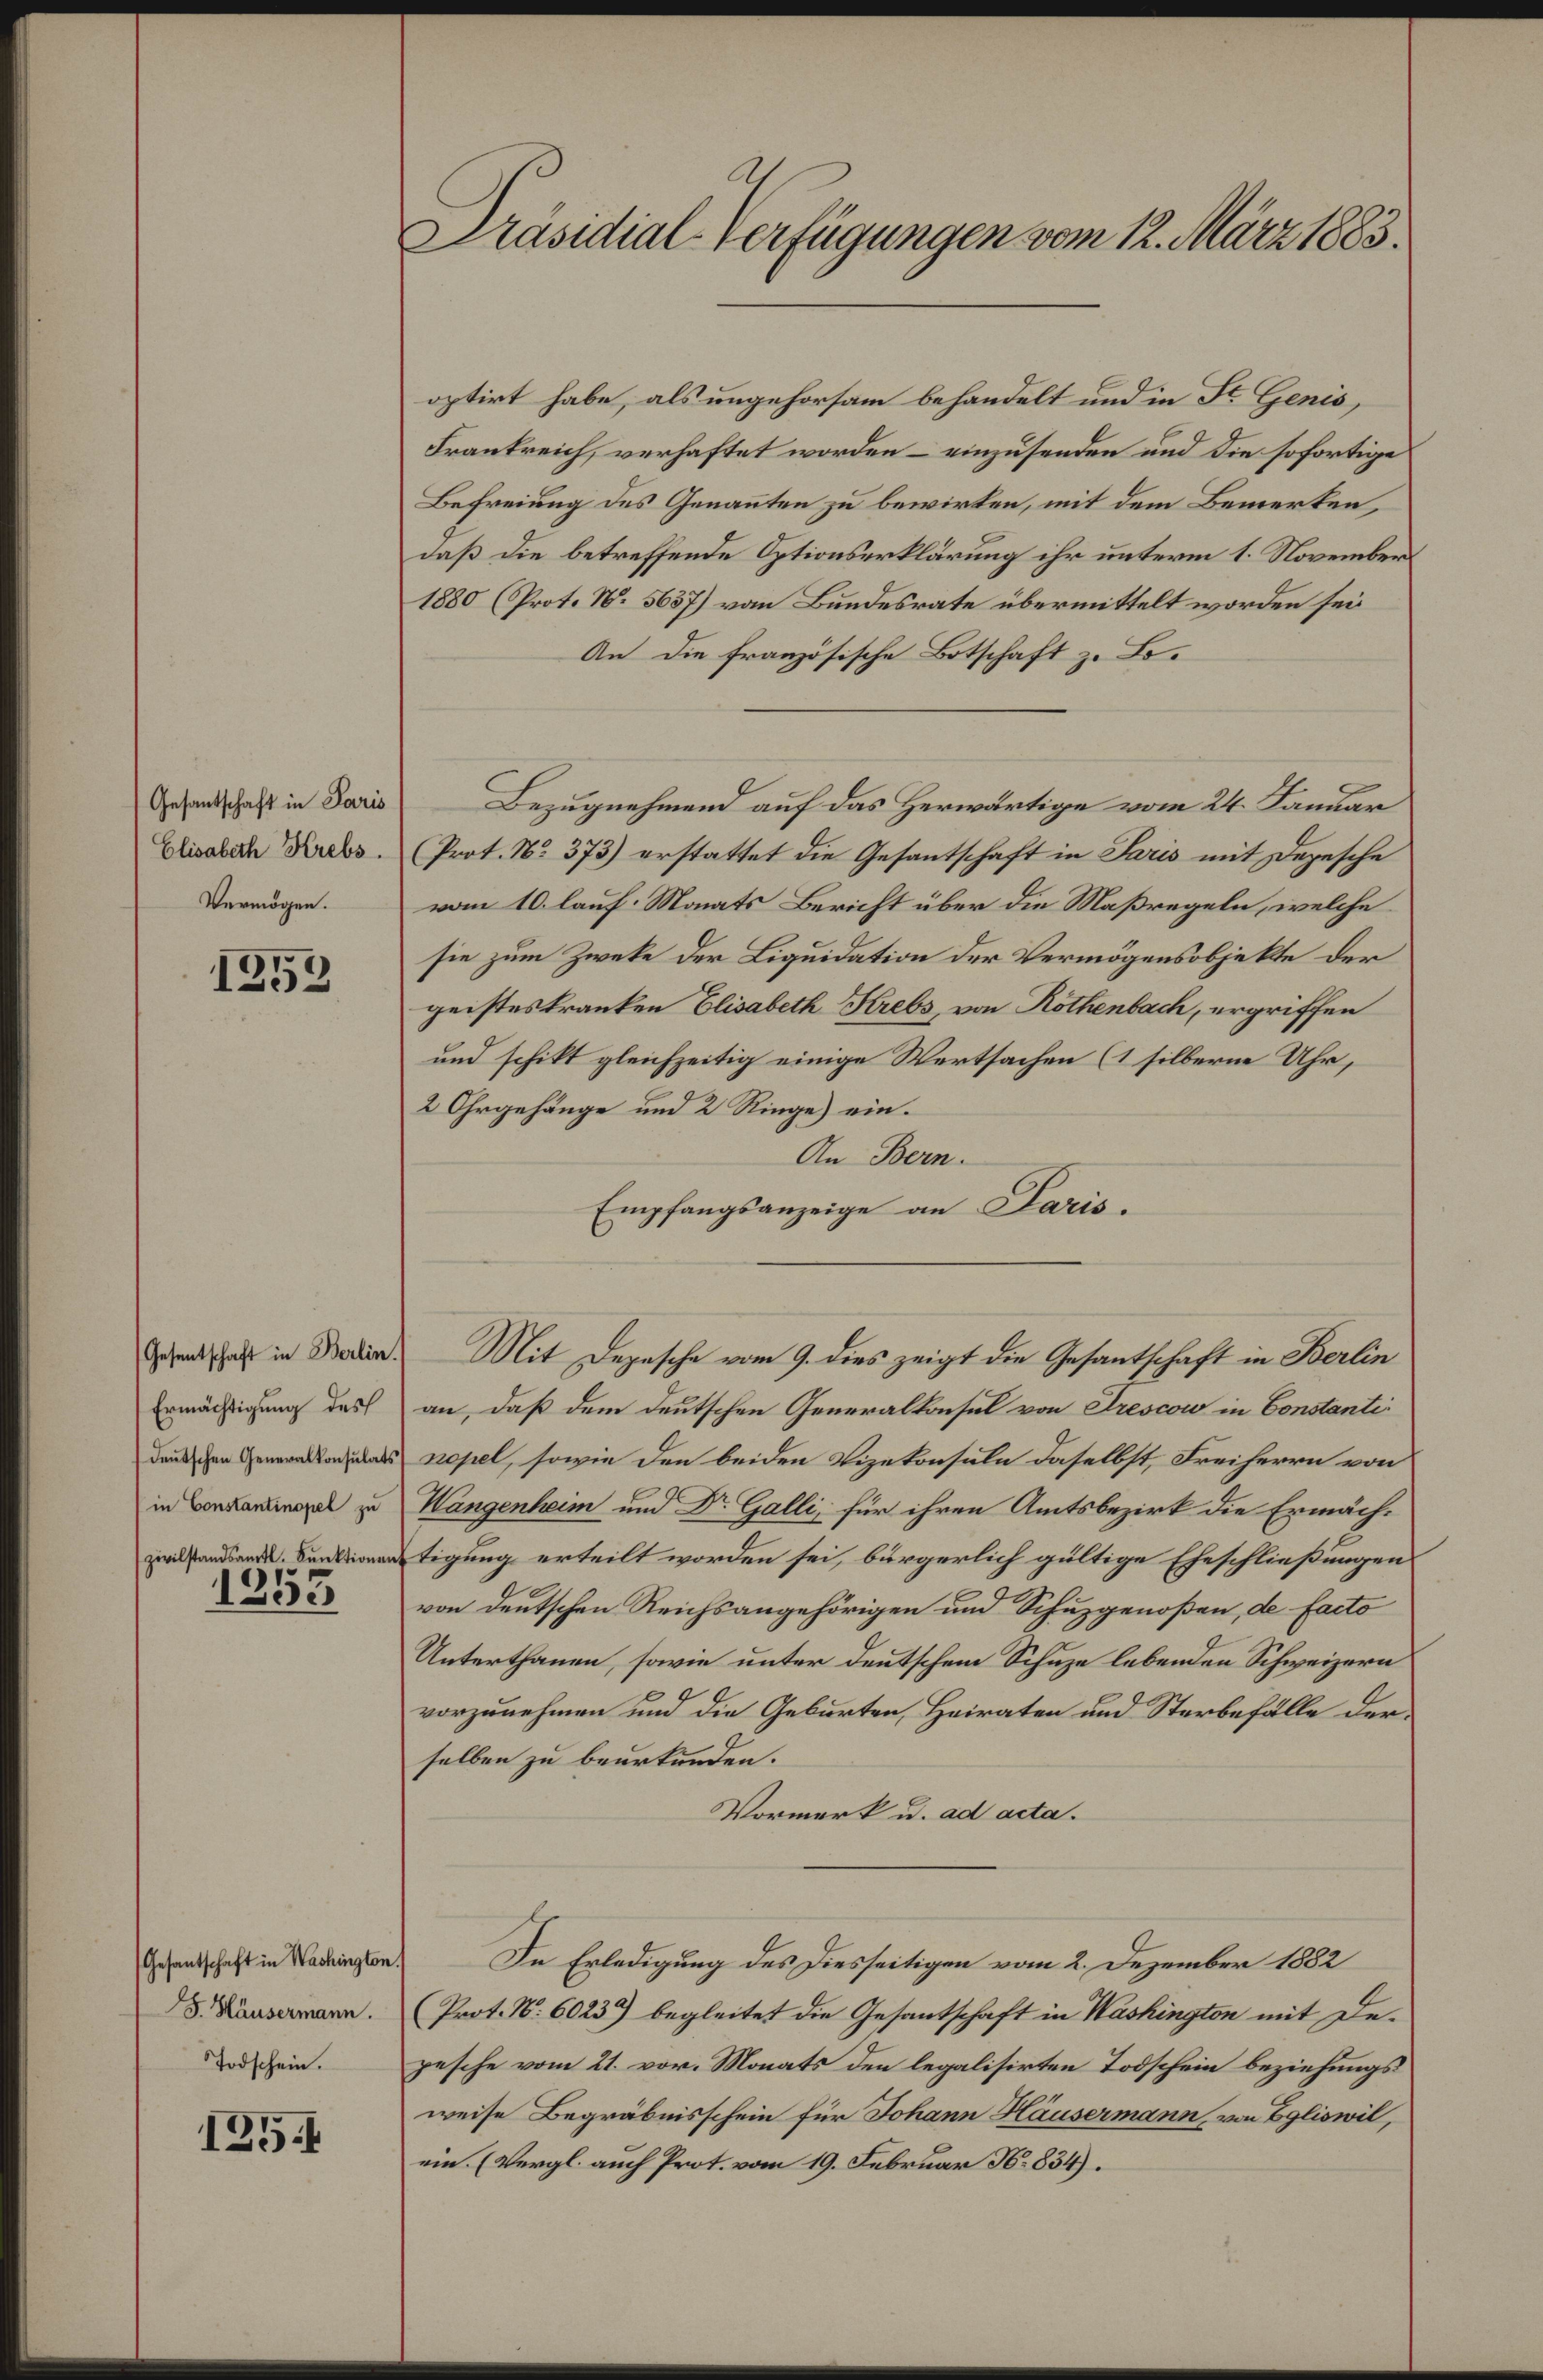
Gesantschaft in Paris
Elisabeth Krebs.
Vermögen.

1353

(Gesentschaft in Berlin.
Ermächtigung des
deŭtschen Generalkonsulats
in Constantinopel zu

1253

Gesantschaft in Washington
F. Häusermann.
Todschein.

135.

Präsidial-Verfügungen vom 12. März 1883.

optirt habe, als ungehorsam behandelt und in St. Genis,
Frankreich, verhaftet worden – einzusenden und die sofortige
Befreiung des Genannten zu bewirken, mit dem Bemerken,
daß die betreffende Optionserklärung ihr unterm 1. November
1880 (Prot. N. 5657) von Bundesrate übermittelt worden sei
An die französische Botschaft zu Bo¬
Bezugnehmend auf das Herwärtige vom 24. Januar
(Prot. N. 373) erstattet die Gesantschaft in Paris mit Depesche
vom 10. lauf. Monats Bericht über die Maßregeln, welche
sie zum Zweke der Liquidation der Vermögensobjekte der
geisteskranken Elisabeth Krebs, von Rothenbach, ergriffen
und schikt gleichzeitig einige Wertsachen (1 silberne Uhr,
2 Ohrgehänge und 2 Ringe) ein.
An Bern.
Empfangsanzeige an Paris.
Mit Depesche vom 9. dies zeigt die Gesantschaft in Berlin
an, daß dem deutschen Generalkonsul von Drescow in Constantinopel, sowie den beiden Vizekonsuln daselbst, Freiherrn von
Wangenheim und Dr. Galli, für ihren Amtsbezirk die Ermächtigung erteilt worden sei, bürgerlich gültige Eheschließungen
von deutschen Reichsangehörigen und Schuzgenoßen, de facto
Unterthanen, sowie unter deutschem Schuze lebenden Schweizern
vorzunehmen und die Geburten, Heiraten und Sterbefälle der
selben zu beurkunden.
Vormerk u. ad acta.
In Erledigung des Diesseitigen vom 2. Dezember 1882
(Prot. N. 6023) begleitet die Gesantschaft in Washington mit Depesche vom 21. vor. Monats den legalisirten Todschein beziehungs
weise Begräbnisschein für Johann Häusermann, von Egliswil,
ein. (Vergl. auch Prot. vom 19. Februar N. 834).